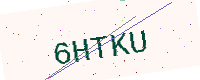
Text: 6HTKU